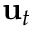
\mathbf { u } _ { t }